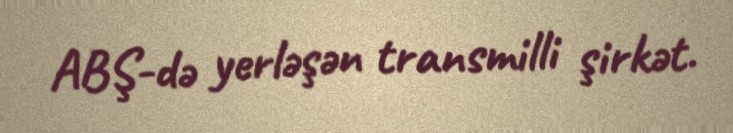
ABŞ-də yerləşən transmilli şirkət.